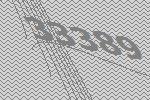
33389